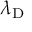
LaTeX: \lambda _ { \mathrm { D } }